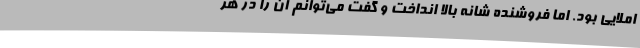
املایی بود. اما فروشنده شانه بالا انداخت و گفت می‌توانم آن را در هر